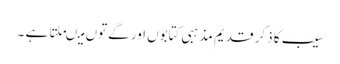
سیب کا ذکر قدیم مذہبی کتابوں اور گےتوں میںملتا ہے ۔